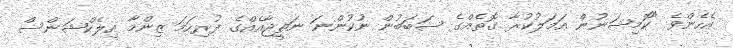
އެހެންވެ "ކޮމިޝަނުން އަމަލުކުރާ ގޮތެއްގެ ސަބަބުން ނުކުންނަ ނަތީޖާއެއްގެ ފުރިހަމަ ޒިންމާ އިލެކްޝަންސް